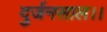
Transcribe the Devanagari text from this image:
दुर्जनसाल।।